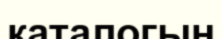
каталогын